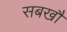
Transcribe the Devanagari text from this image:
सबखौं